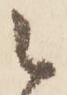
被